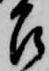
召